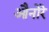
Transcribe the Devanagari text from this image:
औनोरे